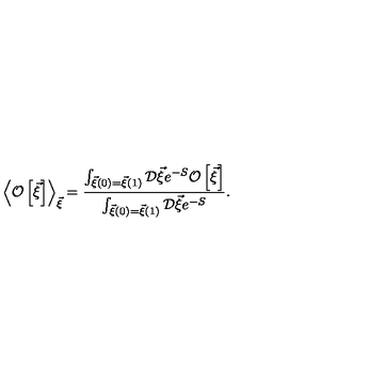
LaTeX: \left< { \cal O } \left[ \vec { \xi } { } \right] \right> _ { \vec { \xi } } = \frac { \int _ { \vec { \xi } ( 0 ) = \vec { \xi } ( 1 ) } ^ { } { \cal D } \vec { \xi } e ^ { - S } { \cal O } \left[ \vec { \xi } { } \right] } { \int _ { \vec { \xi } ( 0 ) = \vec { \xi } ( 1 ) } ^ { } { \cal D } \vec { \xi } e ^ { - S } } .